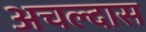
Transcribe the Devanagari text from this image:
अचल्दास